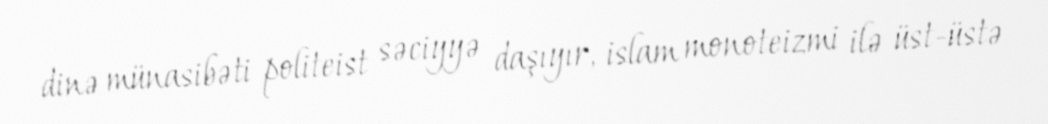
dinə münasibəti politeist səciyyə daşıyır, islam monoteizmi ilə üst-üstə